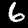
Label: 6